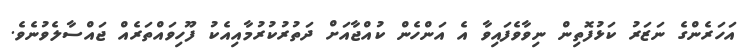
އަހަރެންގެ ނަޒަރު ކަޅުފޮތިން ނިވާވެފައިވާ އެ އަންހެން ކުއްޖާއަށް ދަތުރުކުރުމާއިއެކު ފޫހިވައްތަރެއް ޖައްސާލެވުނެވެ.